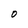
Character: O